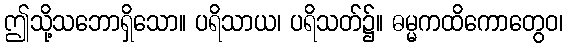
ဤသို့သဘောရှိသော။ ပရိသာယ၊ ပရိသတ်၌။ ဓမ္မကထိကောတွေဝ၊